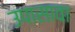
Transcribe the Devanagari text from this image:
उपासावा